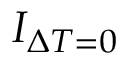
I _ { \Delta T = 0 }